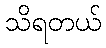
သိရတယ်